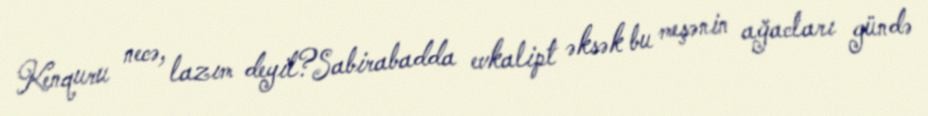
Kenquru necə, lazım deyil?Sabirabadda evkalipt əksək bu meşənin ağacları gündə